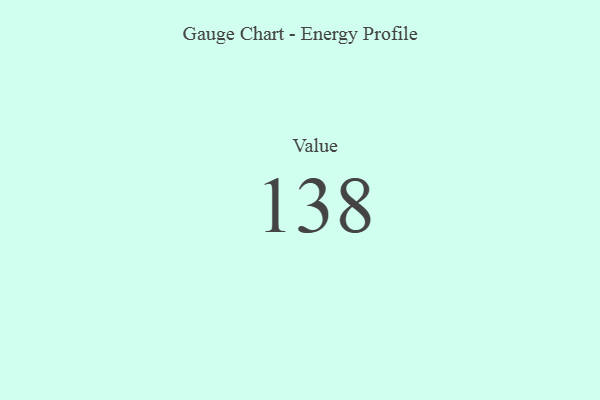
{"axis": {"x": "Metric", "y": "Value"}, "legend": [""], "data": [{"x": "Value", "y": 138, "type": ""}]}